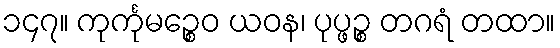
၁၄၇။ ကုင်္ကုမဉ္စေဝ ယဝန၊ ပုပ္ဖဉ္စ တဂရံ တထာ။